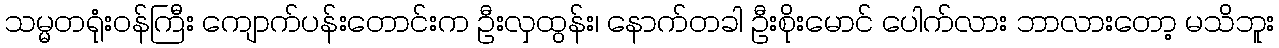
သမ္မတရုံးဝန်ကြီး ကျောက်ပန်းတောင်းက ဦးလှထွန်း၊ နောက်တခါ ဦးစိုးမောင် ပေါက်လား ဘာလားတော့ မသိဘူး